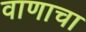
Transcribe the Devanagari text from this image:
वाणाचा